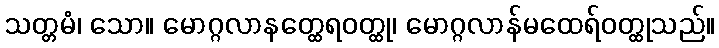
သတ္တမံ၊ သော။ မောဂ္ဂလာနတ္ထေရဝတ္ထု၊ မောဂ္ဂလာန်မထေရ်ဝတ္ထုသည်။